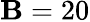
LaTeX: \mathbf{B}=20